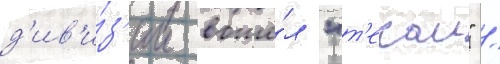
д'ив'и́з'ии вошё́л "т'екаи" /